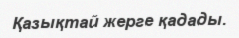
Қазықтай жерге қадады.